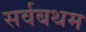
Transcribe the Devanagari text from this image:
सर्वबथम